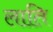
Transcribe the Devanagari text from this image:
लाति